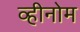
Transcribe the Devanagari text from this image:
व्हीनोम